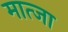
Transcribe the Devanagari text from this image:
मात्जा